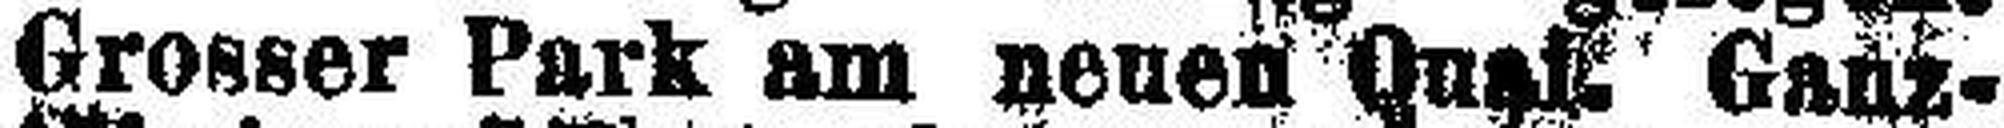
Grosser Park am neuen Quakt Ganz¬